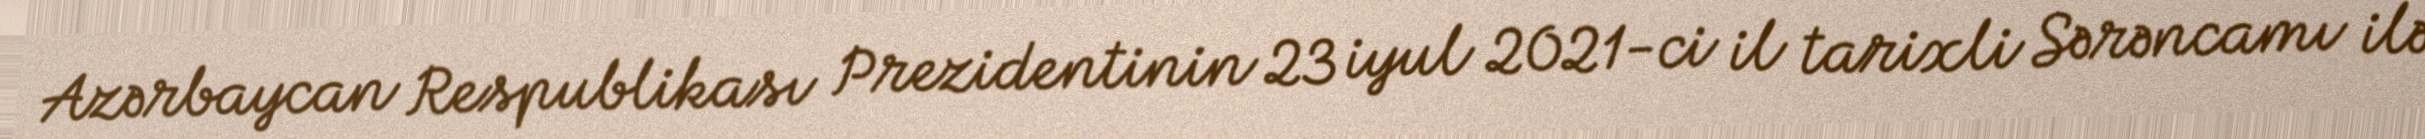
Azərbaycan Respublikası Prezidentinin 23 iyul 2021-ci il tarixli Sərəncamı ilə